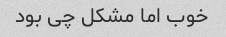
خوب اما مشکل چی بود